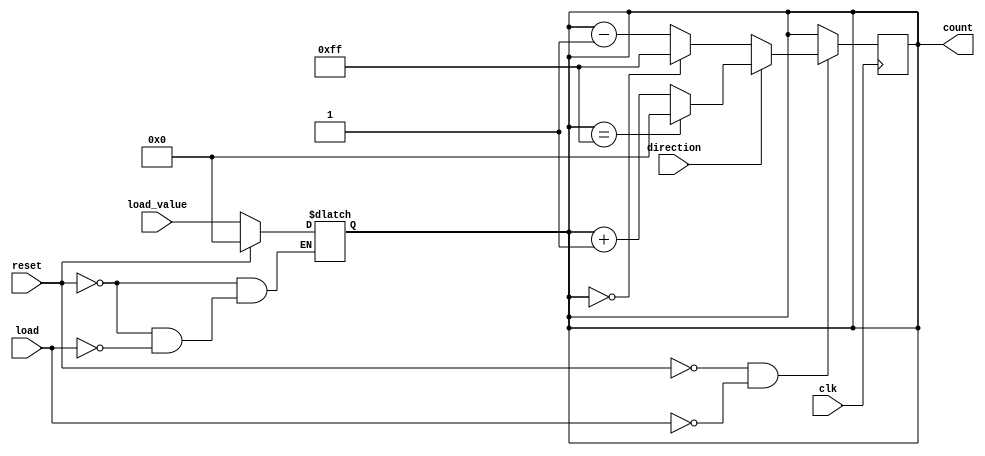
module async_load_counter (
    input wire clk,               // Clock signal
    input wire load,              // Active-high load signal
    input wire reset,             // Active-high reset signal
    input wire direction,         // Counting direction (1 for up, 0 for down)
    input wire [7:0] load_value,  // Value to load into the counter
    output reg [7:0] count        // Current count value
);

    // Parameter for maximum count value
    parameter MAX_COUNT = 8'hFF; // Assuming 8-bit counter

    // Asynchronous reset and load
    always @(*) begin
        if (reset) begin
            count = 8'b0; // Reset the counter to zero
        end else if (load) begin
            count = load_value; // Load the specified value
        end
    end

    // Synchronous counting
    always @(posedge clk) begin
        if (!reset && !load) begin // Only count when not resetting or loading
            if (direction) begin
                // Increment the counter with wrap-around
                count <= (count == MAX_COUNT) ? 8'b0 : count + 1;
            end else begin
                // Decrement the counter with wrap-around
                count <= (count == 8'b0) ? MAX_COUNT : count - 1;
            end
        end
    end

endmodule